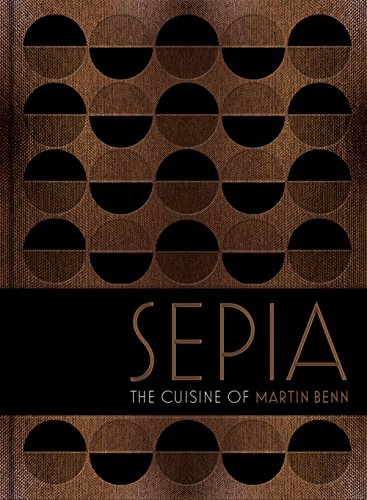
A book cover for Sepia: The Cuisine of Martin Benn; Martin Benn; Cookbooks, Food & Wine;